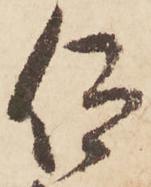
仰